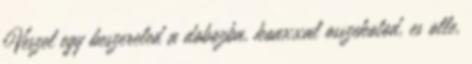
Veszel egy beszereled a dobozba, koaxxal osszekotod, es olle,